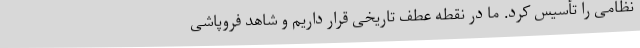
نظامی را تأسیس کرد. ما در نقطه عطف تاریخی قرار داریم و شاهد فروپاشی